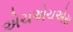
એચએચએસ